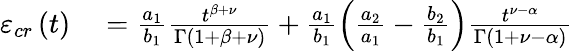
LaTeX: \begin{array}{rl}{\varepsilon_{cr}\left(t\right)}&{{}=\frac{a_{1}}{b_{1}}\frac{t^{\beta+\nu}}{\Gamma\left(1+\beta+\nu\right)}+\frac{a_{1}}{b_{1}}\left(\frac{a_{2}}{a_{1}}-\frac{b_{2}}{b_{1}}\right)\frac{t^{\nu-\alpha}}{\Gamma\left(1+\nu-\alpha\right)}}\end{array}